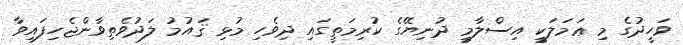
ވަހީދުގެ މި ޢަމަލަކީ އިސްލާމީ ދުނިޔޭގެ ކުރިމަތީގައި ދިވެހި މުޅި ޤައުމު ލަދުވެތިވާންޖެހިފައިވާ